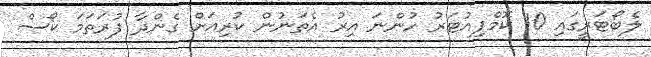
ލެބޯޓަރީގައި 10 ކޮމްޕިއުޓަރު ހުންނަ އިރު އެތަނުން ކުރިއަށް ގެންދާ ފުރަތަމަ ކޯސް